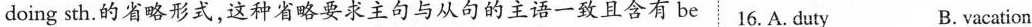
doing sth.的省略形式,这种省略要求主句与从句的主语一致且含有 be 16.A. duty B.vacation